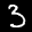
Label: 3